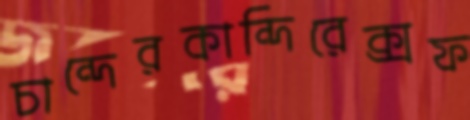
চান্দেরকান্দিরেক্সফ